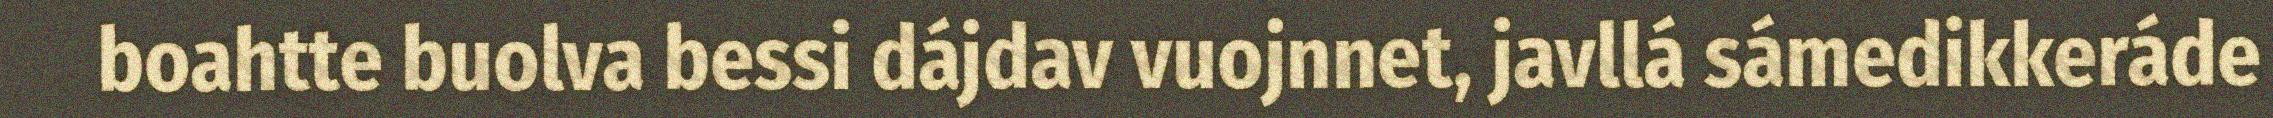
boahtte buolva bessi dájdav vuojnnet, javllá sámedikkeráde